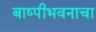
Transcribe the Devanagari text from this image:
बाष्पीभवनाचा